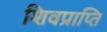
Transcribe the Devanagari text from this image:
शिवप्राप्ति